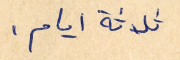
ثلاثة ايام.